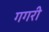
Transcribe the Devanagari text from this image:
गगरी